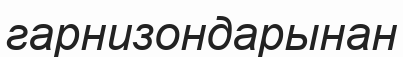
гарнизондарынан